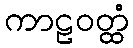
ကာဠဝတ္ထံ